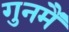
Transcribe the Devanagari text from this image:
गुनमैं